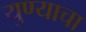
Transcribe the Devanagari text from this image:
युण्याचा